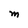
Character: M